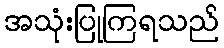
အသုံးပြုကြရသည်